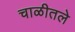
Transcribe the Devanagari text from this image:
चाळीतले